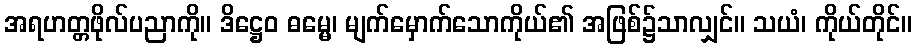
အရဟတ္တဖိုလ်ပညာကို။ ဒိဋ္ဌေဝ ဓမ္မေ၊ မျက်မှောက်သောကိုယ်၏ အဖြစ်၌သာလျှင်။ သယံ၊ ကိုယ်တိုင်။